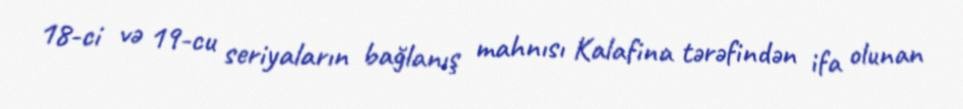
18-ci və 19-cu seriyaların bağlanış mahnısı Kalafina tərəfindən ifa olunan